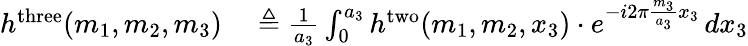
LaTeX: \begin{array}{rl}{h^{\mathrm{three}}(m_{1},m_{2},m_{3})}&{{}\triangleq{\frac{1}{a_{3}}}\int_{0}^{a_{3}}h^{\mathrm{two}}(m_{1},m_{2},x_{3})\cdot e^{-i2\pi{\frac{m_{3}}{a_{3}}}x_{3}}\, dx_{3}}\end{array}